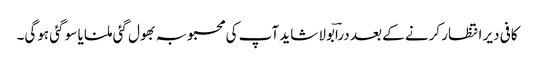
کافی دیر انتظار کرنے کے بعد دراؔبولا شاید آپ کی محبوبہ بھول گئی ملنا یا سو گئی ہوگی۔